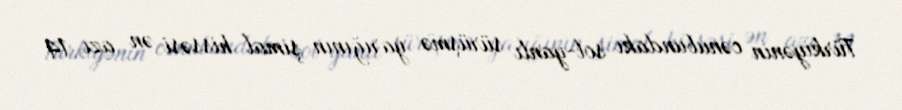
Türkiyənin cənubundakı sol-yanlı sürüşmə yarığının şimal hissəsi ən azı 14